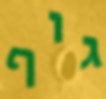
גוף